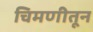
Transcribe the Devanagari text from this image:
चिमणीतून